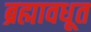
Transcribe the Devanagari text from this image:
ब्रह्मावधूत